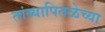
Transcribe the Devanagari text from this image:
तांब्यापितळेच्या